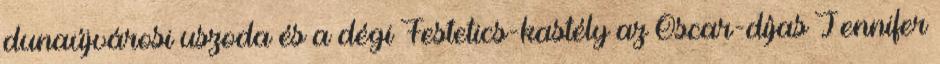
dunaújvárosi uszoda és a dégi Festetics-kastély az Oscar-díjas Jennifer